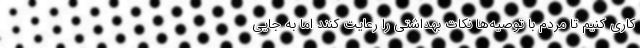
کاری کنیم تا مردم با توصیه‌ها نکات بهداشتی را رعایت کنند اما به جایی